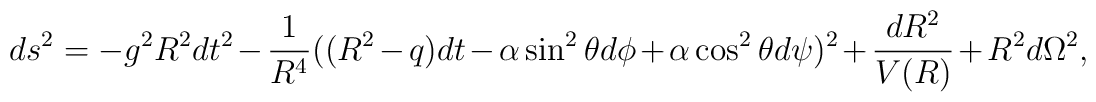
ds^2 = -g^2R^2dt^2 - \frac{1}{R^4}((R^2-q)dt - \alpha\sin^2\theta d\phi +\alpha\cos^2\theta d\psi)^2 + \frac{dR^2}{V(R)} + R^2d\Omega^2,